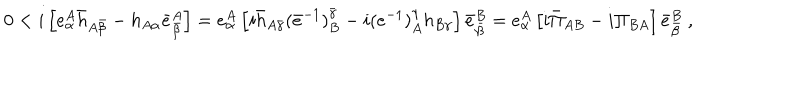
0 < i \left[ e _ { \alpha } ^ { A } \bar { h } _ { A \bar { \beta } } - h _ { A \alpha } \bar { e } _ { \bar { \beta } } ^ { A } \right] = e _ { \alpha } ^ { A } \left[ i \bar { h } _ { A \bar { \gamma } } ( \bar { e } ^ { - 1 } ) _ { B } ^ { \bar { \gamma } } - i ( e ^ { - 1 } ) _ { A } ^ { \gamma } h _ { B \gamma } \right] \bar { e } _ { \bar { \beta } } ^ { B } = e _ { \alpha } ^ { A } \left[ i \bar { \Pi } _ { A B } - i \Pi _ { B A } \right] \bar { e } _ { \bar { \beta } } ^ { B } \ ,